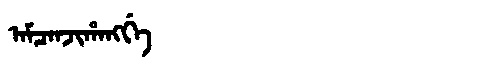
Manchu: ᠠᠮᠴᠠᠨᠵᡳᡥᠠᠩᡤᡝ
Romanization: AMCANJIHANGGE